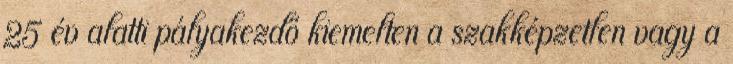
25 év alatti pályakezdő kiemelten a szakképzetlen vagy a